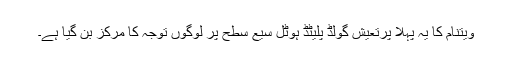
ویتنام کا یہ پہلا پرتعیش گولڈ پلیٹڈ ہوٹل سیع سطح پر لوگوں توجہ کا مرکز بن گیا ہے۔